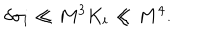
LaTeX: \delta \sigma _ { i } \ll M ^ { 3 } K _ { i } \ll M ^ { 4 } .